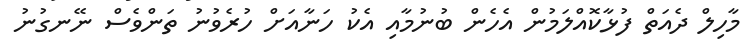
މާހިލް ދެއަތް ފުޅާކޮއްލަމުން އެހެން ބުނުމާއި އެކު ހަނާއަށް ހުރެވުނު ތަންވެސް ނޭނގުނު